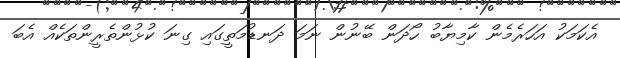
އެކަމަކު އަހަރެމެން ކާމިޔާބު ހޯދަން ބޭނުން ނަމަ ދަނޑުމަތީގައި ގިނަ ކުޅުންތެރީންތަކެއް އެބަ